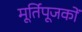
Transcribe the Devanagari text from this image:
मूर्तिपूजकों